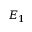
E _ { 1 }